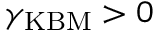
\gamma _ { \mathrm { K B M } } > 0